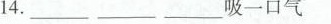
14._______________吸一口气